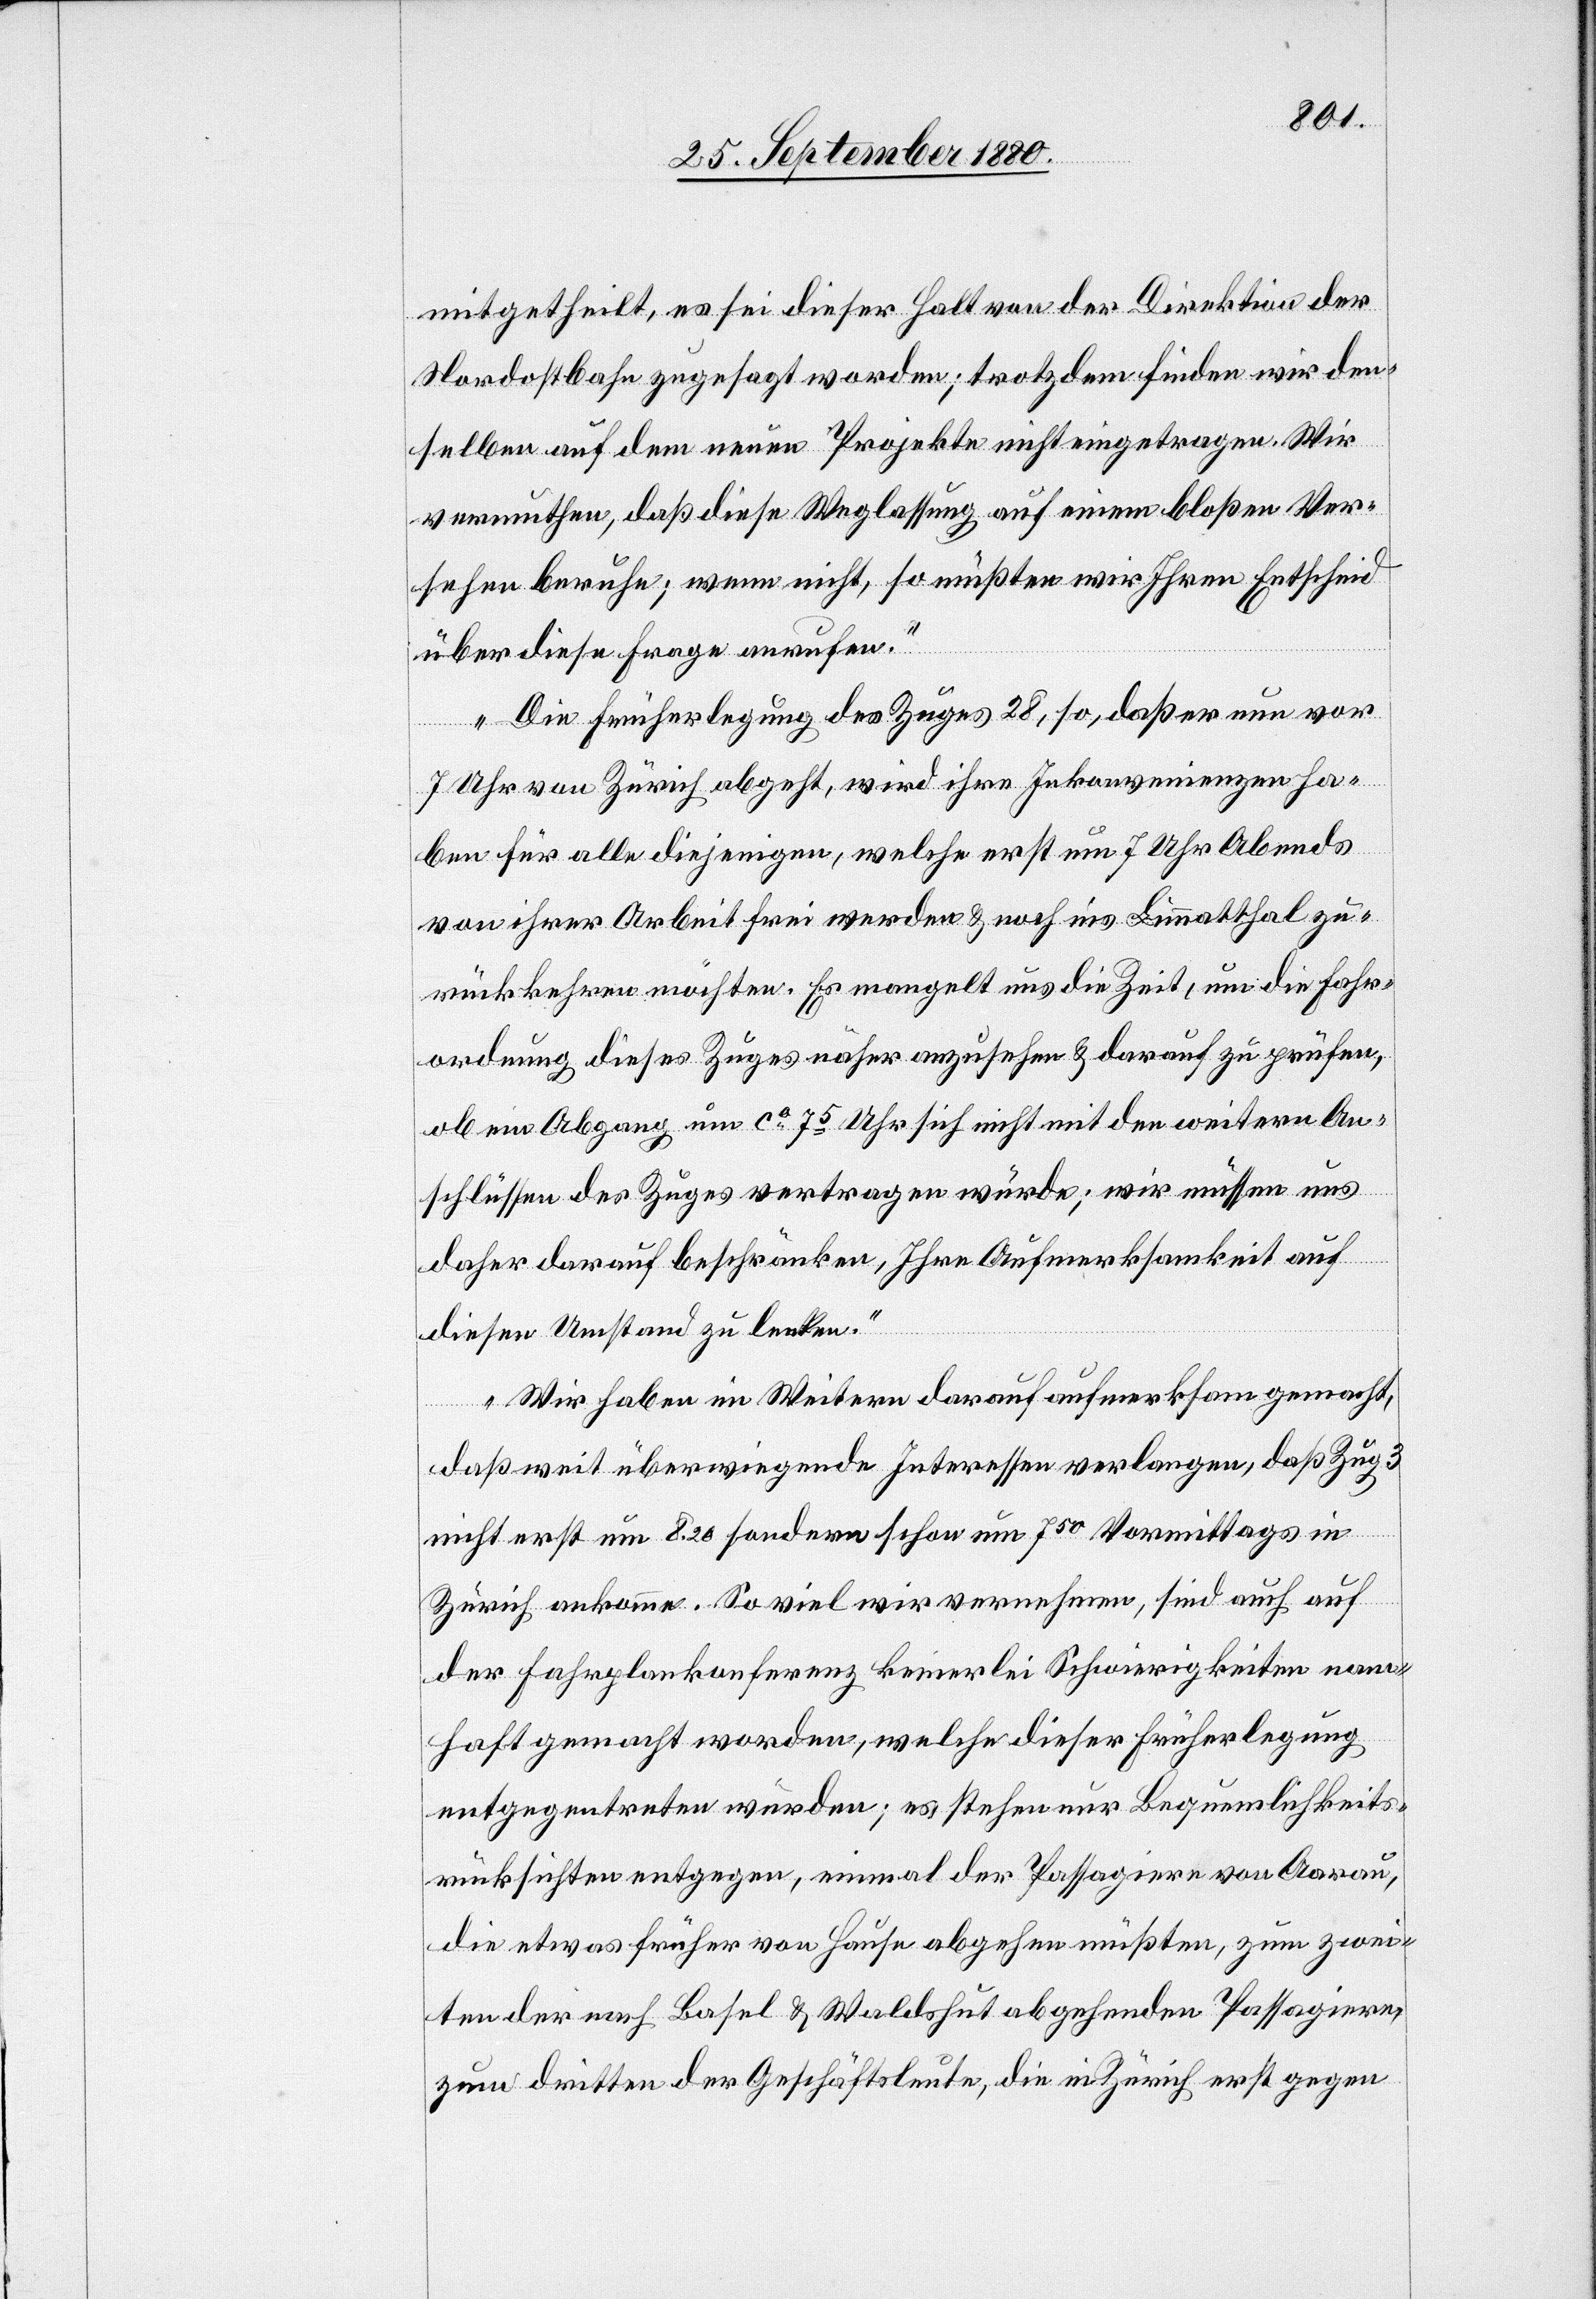
mitgetheilt, es sei dieser halt von der Direktion der
Nordostbahn zugesagt worden; trotzdem finden wir den¬
selben auf dem neuen Projekte nicht eingetragen. Wir
vermuthen, daß diese Weglassung auf einem bloßen Ver¬
sehen beruhe; wenn nicht, so müßten wir Ihren Entscheid
über diese Frage anrufen.
Die Früherlegung des Zuges 28, so, daß er nun vor
7 Uhr von Zürich abgeht, wird ihre Inkonvenienzen ha¬
ben für alle diejenigen, welche erst um 7 Uhr Abends
von ihrer Arbeit frei werden & noch ins Limmatthal zu¬
rückkehren möchten. Es mangelt uns die Zeit, um die Fahr¬
ordnung dieses Zuges näher anzusehen & darauf zu prüfen,
ob ein Abgang um ca 75 Uhr sich nicht mit den weitern An¬
schlüssen des Zuges vertragen würde; wir müssen uns
daher darauf beschränken, Ihre Aufmerksamkeit auf
diesen Umstand zu lenken.
Wir haben im Weitern darauf aufmerksam gemacht,
daß weit überwiegende Interessen verlangen, daß Zug 3
nicht erst um 8.20 sondern schon um 750 Vormittags in
Zürich ankomme. So viel wir vernehmen, sind auch auf
der Fahrplankonferenz keinerlei Schwierigkeiten nam¬
haft gemacht worden, welche dieser Früherlegung
entgegentreten würden; es stehen nur Bequemlichkeits¬
rücksichten entgegen, einmal der Passagiere von Aarau,
die etwas früher von Hause abgehen müßten, zum zwei¬
ten der nach Basel & Waldshut abgehenden Passagiere,
zum dritten der Geschäftsleute, die in Zürich erst gegen